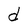
Character: d